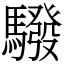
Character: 驋